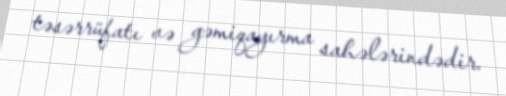
təsərrüfatı və gəmiqayırma sahələrindədir.